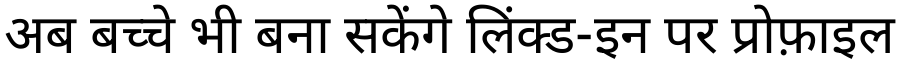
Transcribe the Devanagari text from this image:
अब बच्चे भी बना सकेंगे लिंक्ड-इन पर प्रोफ़ाइल